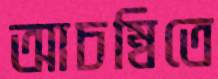
আচম্বিতে